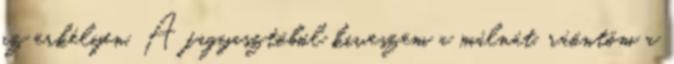
az erkélyen. A fagyasztóból kiveszem a málnát, ráöntöm a